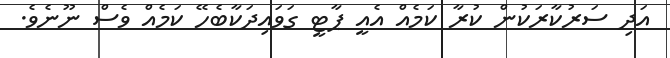
އަދި ސަރުކާރަކުން ކުރާ ކަމެއް އެއީ ޕާޓީ ގަވައިދަކާބެހޭ ކަމެއް ވެސް ނޫނެވެ.